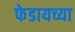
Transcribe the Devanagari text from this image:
फेडायच्या